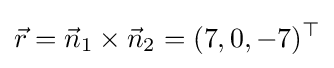
{\vec {r}}={\vec {n}}_{1}\times {\vec {n}}_{2}=(7,0,-7)^{\top }